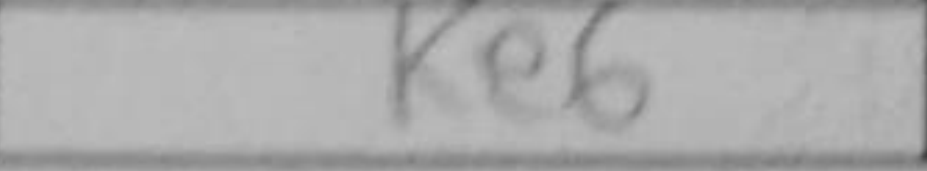
Transcription: Ke6